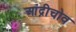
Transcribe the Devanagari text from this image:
आंद्रीचोव